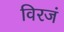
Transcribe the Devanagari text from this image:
विरजं